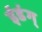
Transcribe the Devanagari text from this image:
ईडंग्